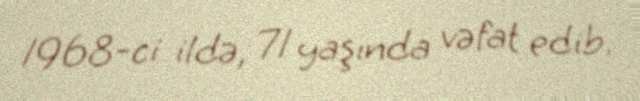
1968-ci ildə, 71 yaşında vəfat edib.